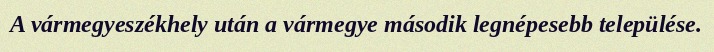
A vármegyeszékhely után a vármegye második legnépesebb települése.